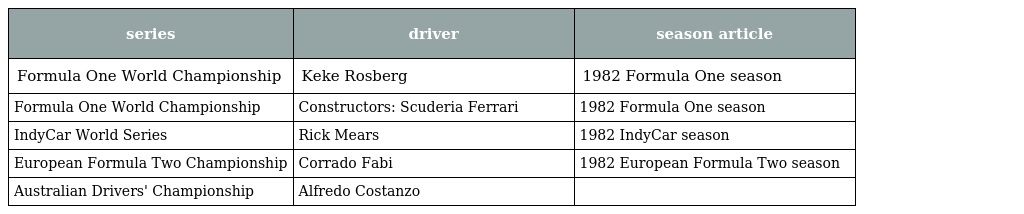
| series | driver | season article |
 | --- | --- | --- |
 | Formula One World Championship | Keke Rosberg | 1982 Formula One season |
 | Formula One World Championship | Constructors: Scuderia Ferrari | 1982 Formula One season |
 | IndyCar World Series | Rick Mears | 1982 IndyCar season |
 | European Formula Two Championship | Corrado Fabi | 1982 European Formula Two season |
 | Australian Drivers' Championship | Alfredo Costanzo |  |